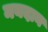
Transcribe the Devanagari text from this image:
मयदान